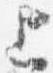
上